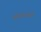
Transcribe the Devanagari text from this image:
११।५।७।९